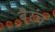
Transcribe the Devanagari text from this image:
बै्रंच